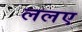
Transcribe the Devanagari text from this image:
ललए